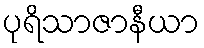
ပုရိသာဇာနီယာ